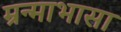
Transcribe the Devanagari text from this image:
म्रन्माभासा